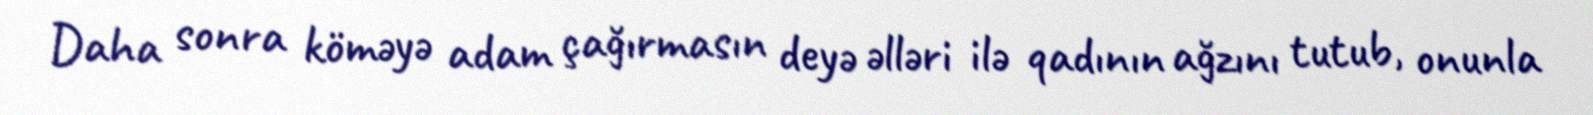
Daha sonra köməyə adam çağırmasın deyə əlləri ilə qadının ağzını tutub, onunla